Report of the King Institute of Preventive Medicine, Guindy
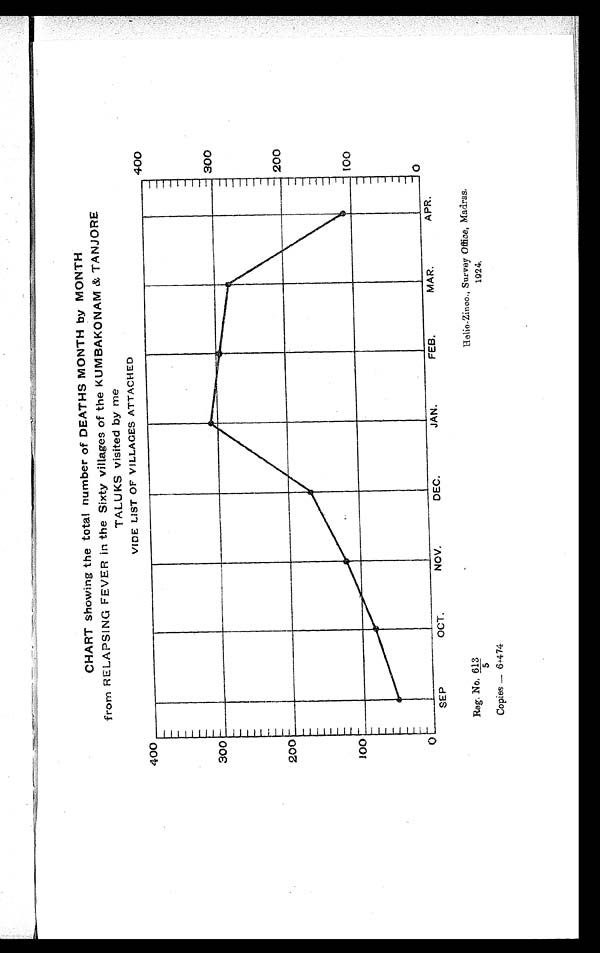
Reg. No , 613
/5
Copies — 6+474
Helio-Zinco., Survey Office, Madras,
1924,
CHART showing the total number of DEATHS MONTH by MONTH
from RELAPSING FEVER in the Sixty villages of the KUMBAKONAM & TANJORE
TALUKS visited by me
VIDE LIST OF VILLAGES ATTACHED